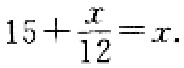
$15+\frac{x}{12}=x$.